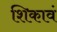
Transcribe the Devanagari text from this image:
शिकावं